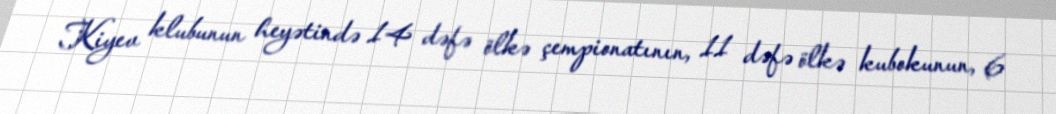
Kiyev klubunun heyətində 14 dəfə ölkə çempionatının, 11 dəfə ölkə kubokunun, 6